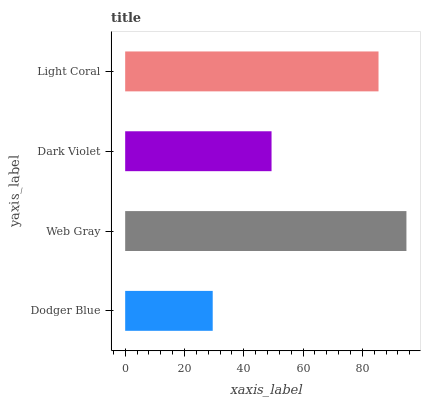
| yaxis_label | bars |
 | --- | --- |
 | Dodger Blue | 29.5 |
 | Web Gray | 94.9 |
 | Dark Violet | 49.4 |
 | Light Coral | 85.5 |